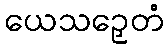
ယေသဉှေတံ